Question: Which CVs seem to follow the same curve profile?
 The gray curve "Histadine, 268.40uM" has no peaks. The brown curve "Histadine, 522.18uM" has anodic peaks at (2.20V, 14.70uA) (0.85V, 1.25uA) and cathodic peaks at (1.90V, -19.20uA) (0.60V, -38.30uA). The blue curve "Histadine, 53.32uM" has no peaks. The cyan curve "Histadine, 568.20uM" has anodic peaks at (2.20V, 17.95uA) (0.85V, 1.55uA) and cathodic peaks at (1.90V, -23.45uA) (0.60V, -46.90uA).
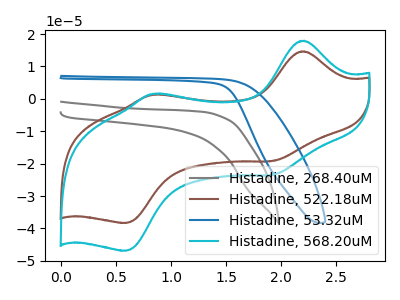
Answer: <think>"Histadine, 268.40uM" and "Histadine, 522.18uM" have a different number of peaks. Neither "Histadine, 268.40uM" or "Histadine, 53.32uM" have any peaks. "Histadine, 268.40uM" and "Histadine, 568.20uM" have a different number of peaks. "Histadine, 522.18uM" and "Histadine, 53.32uM" have a different number of peaks. All the peaks in "Histadine, 522.18uM" have a peak in "Histadine, 568.20uM" at the same potential. Every peak in "Histadine, 522.18uM" is lower than every peak in "Histadine, 568.20uM". "Histadine, 53.32uM" and "Histadine, 568.20uM" have a different number of peaks.
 </think>
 <answer>"Histadine, 522.18uM" and "Histadine, 568.20uM" have the same shape and are likely CV's of the same chemical.</answer>
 <eval>"Histadine, 522.18uM" "Histadine, 568.20uM"</eval>